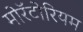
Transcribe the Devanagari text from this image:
मोरॅटोरियम